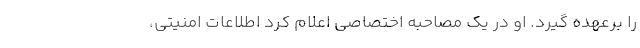
را برعهده گیرد. او در یک مصاحبه اختصاصی اعلام کرد اطلاعات امنیتی،